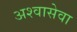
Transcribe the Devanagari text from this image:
अश्वासेवा